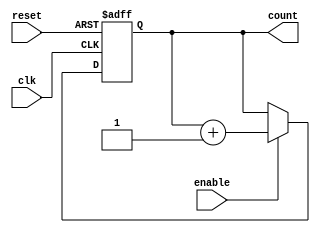
module cascaded_counter (
    input wire clk,          // Clock input
    input wire reset,        // Asynchronous reset
    input wire enable,       // Enable signal
    output reg [3:0] count   // 4-bit count output
);

    // Flip-flop behavior for each bit of the counter
    always @(posedge clk or posedge reset) begin
        if (reset) begin
            count <= 4'b0000; // Reset the counter to 0
        end else if (enable) begin
            // Increment the counter
            count <= count + 1;
        end
    end

endmodule